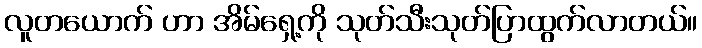
လူတယောက် ဟာ အိမ်ရှေ့ကို သုတ်သီးသုတ်ပြာထွက်လာတယ်။